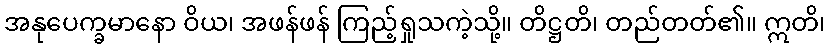
အနုပေက္ခမာနော ဝိယ၊ အဖန်ဖန် ကြည့်ရှုသကဲ့သို့။ တိဋ္ဌတိ၊ တည်တတ်၏။ ဣတိ၊